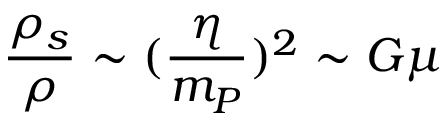
\frac { \rho _ { s } } { \rho } \sim ( \frac { \eta } { m _ { P } } ) ^ { 2 } \sim G \mu